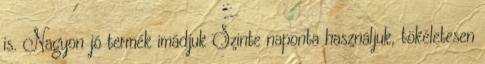
is. Nagyon jó termék imádjuk Szinte naponta használjuk, tökéletesen